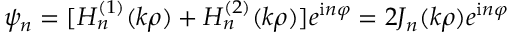
\psi _ { n } = [ H _ { n } ^ { ( 1 ) } ( k \rho ) + H _ { n } ^ { ( 2 ) } ( k \rho ) ] e ^ { \mathrm { i } n \varphi } = 2 J _ { n } ( k \rho ) e ^ { \mathrm { i } n \varphi }